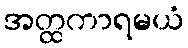
အတ္ထကာရမယံ